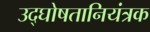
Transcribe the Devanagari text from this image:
उद्घोषतानियंत्रक